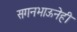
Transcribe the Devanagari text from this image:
सगनभाऊनेही